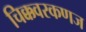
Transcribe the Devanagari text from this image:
चिक्कवरकणज